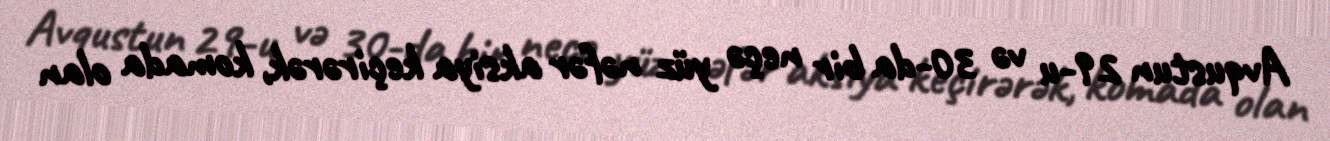
Avqustun 29-u və 30-da bir neçə yüz nəfər aksiya keçirərək, komada olan